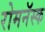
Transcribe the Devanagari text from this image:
रोमनॅस्क